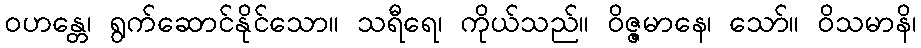
ဝဟန္တေ၊ ရွက်ဆောင်နိုင်သော။ သရီရေ၊ ကိုယ်သည်။ ဝိဇ္ဇမာနေ၊ သော်။ ဝိသမာနိ၊